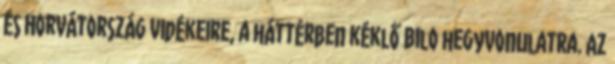
és Horvátország vidékeire, a háttérben kéklő Bilo hegyvonulatra. Az